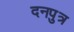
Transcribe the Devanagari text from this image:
दनपुत्र